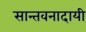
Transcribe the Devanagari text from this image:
सान्तवनादायी